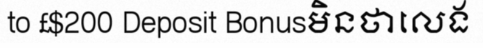
to £$200 Deposit Bonusមិនថាលេង